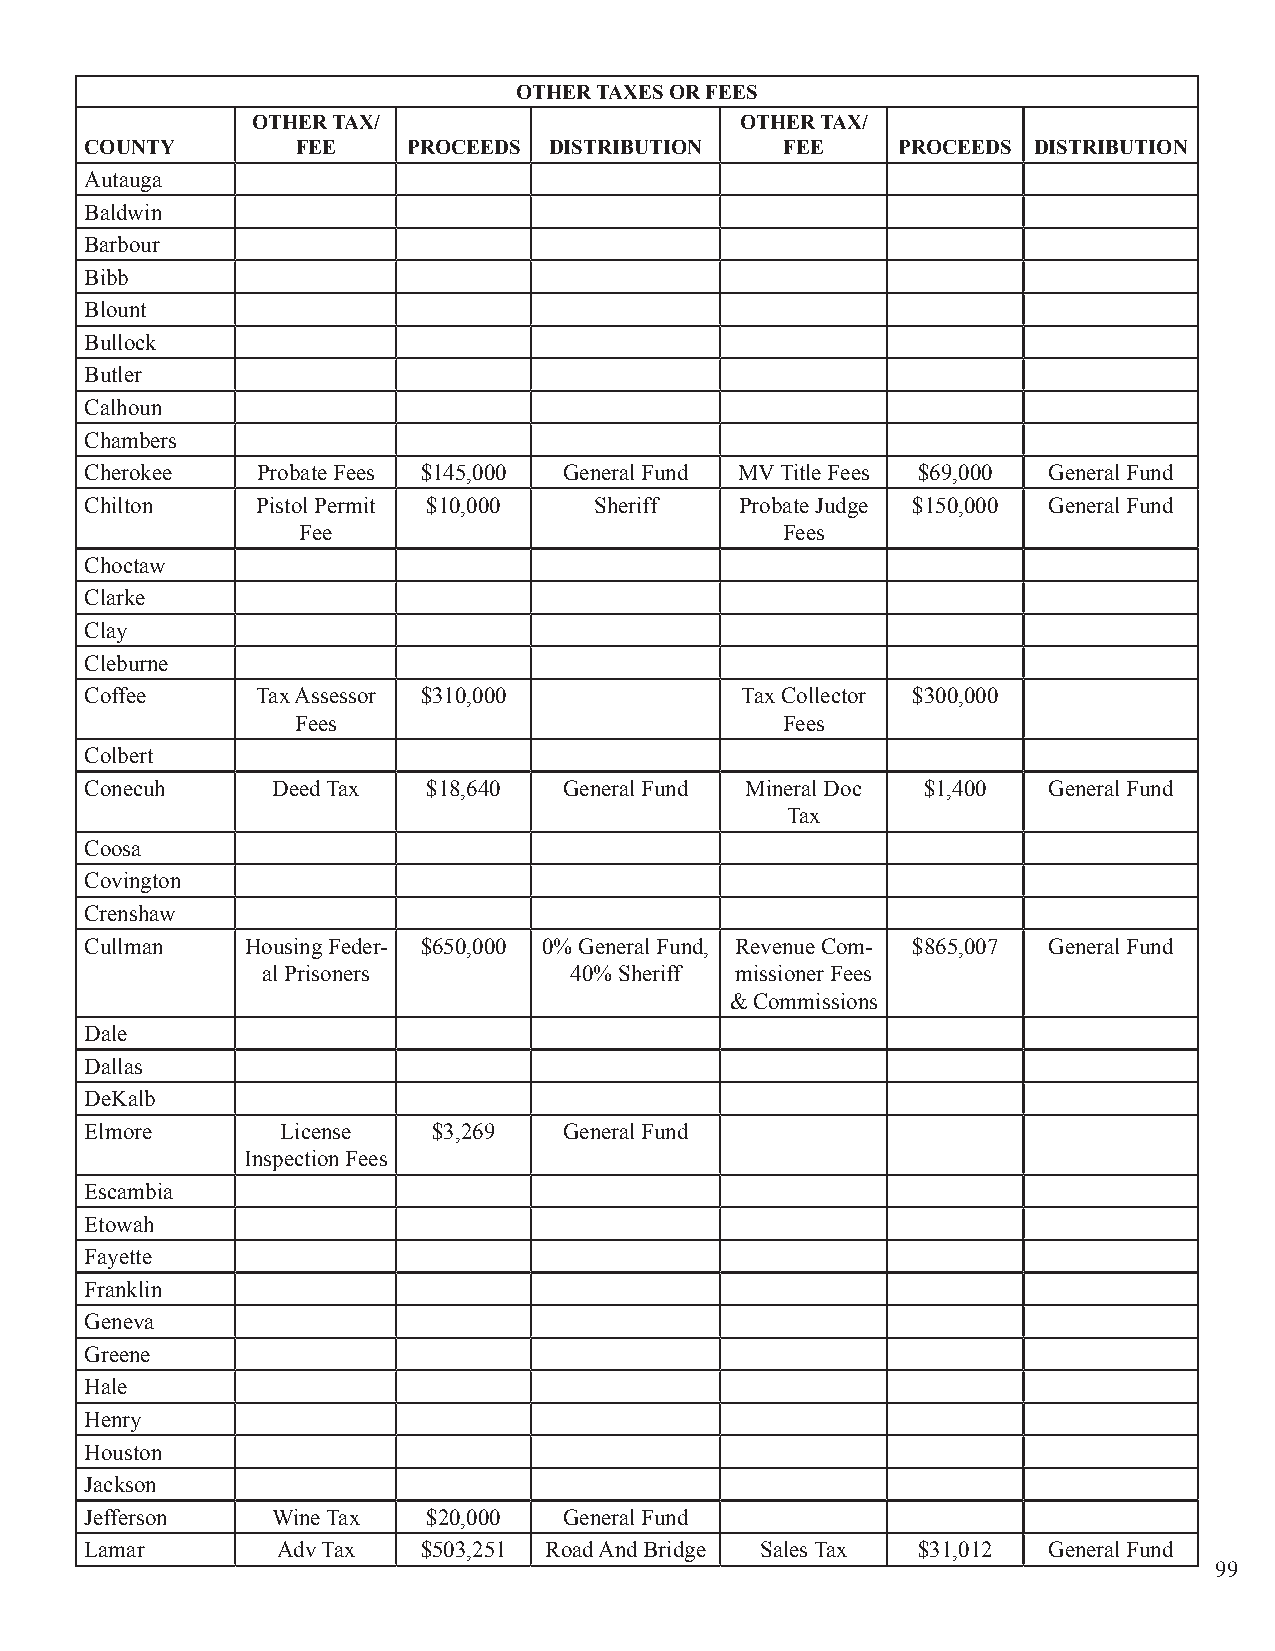
OTHER TAXES OR FEES
 OTHER TAX/                      OTHER TAX/
 COUNTY        FEE    PROCEEDS DISTRIBUTION    FEE    PROCEEDS DISTRIBUTION
 Autauga
 Baldwin
 Barbour
 Bibb
 Blount
 Bullock
 Butler
 Calhoun
 Chambers
 Cherokee   Probate Fees $145,000 General Fund MV Title Fees $69,000 General Fund
 Chilton    Pistol Permit $10,000 Sheriff   Probate Judge $150,000 General Fund
 Fee                             Fees
 Choctaw
 Clarke
 Clay
 Cleburne
 Coffee     Tax Assessor $310,000           Tax Collector $300,000
 Fees                            Fees
 Colbert
 Conecuh     Deed Tax  $18,640  General Fund Mineral Doc $1,400 General Fund
 Tax
 Coosa
 Covington
 Crenshaw
 Cullman   Housing Feder- $650,000 0% General Fund, Revenue Com- $865,007 General Fund
 al Prisoners         40% Sheriff missioner Fees
 & Commissions
 Dale
 Dallas
 DeKalb
 Elmore       License   $3,269  General Fund
 Inspection Fees
 Escambia
 Etowah
 Fayette
 Franklin
 Geneva
 Greene
 Hale
 Henry
 Houston
 Jackson
 Jefferson   Wine Tax  $20,000  General Fund
 Lamar       Adv Tax   $503,251 Road And Bridge Sales Tax $31,012 General Fund
 99